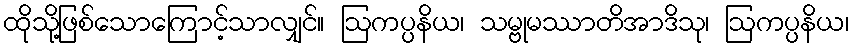
ထိုသို့ဖြစ်သောကြောင့်သာလျှင်။ ဩကပ္ပနိယ၊ သမ္ဗုမဿာတိအာဒိသု၊ ဩကပ္ပနိယ၊